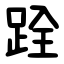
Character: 跧